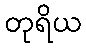
တုရိယ